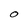
Character: O